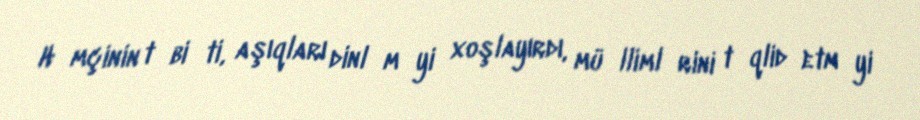
Hәmçinin tәbiәti, aşıqları dinlәmәyi xoşlayırdı, müәllimlәrini tәqlid etmәyi